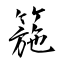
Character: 箷